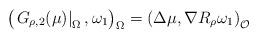
LaTeX: \begin{align*}\left( \left. G_{\rho ,2}(\mu )\right\vert _{\Omega },\omega _{1}\right)_{\Omega }=\left( \Delta \mu ,\nabla R_{\rho }\omega _{1}\right) _{\mathcal{O}} \end{align*}